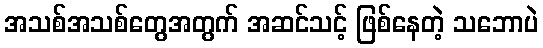
အသစ်အသစ်တွေအတွက် အဆင်သင့် ဖြစ်နေတဲ့ သဘောပဲ